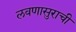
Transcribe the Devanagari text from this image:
लवणासुराची